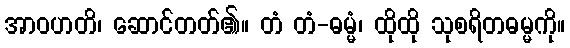
အာဝဟတိ၊ ဆောင်တတ်၏။ တံ တံ-ဓမ္မံ၊ ထိုထို သုစရိတဓမ္မကို။